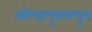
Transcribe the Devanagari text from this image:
कोल्हापूरामधून